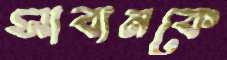
সাবানকে